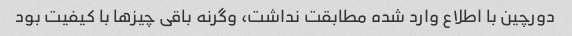
دورچین با اطلاع وارد شده مطابقت نداشت، وگرنه باقی چیزها با کیفیت بود